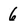
Character: 6